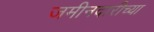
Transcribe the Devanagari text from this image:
जमीनदारीच्या